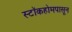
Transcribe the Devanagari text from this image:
स्टॉकहोमपासून